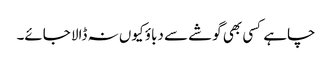
چاہے کسی بھی گوشے سے دباؤ کیوں نہ ڈالا جائے۔